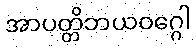
အာပတ္တိဘယဝဂ္ဂေါ